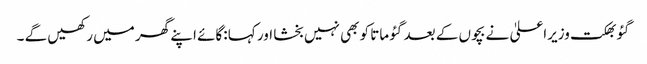
گئو بھکت وزیراعلیٰ نے بچوں کے بعد گئو ماتا کو بھی نہیں بخشا اور کہا :گائے اپنے گھر میں رکھیں گے ۔